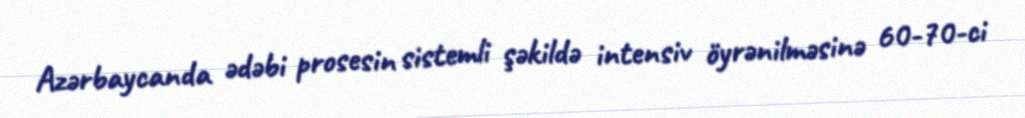
Azərbaycanda ədəbi prosesin sistemli şəkildə intensiv öyrənilməsinə 60-70-ci